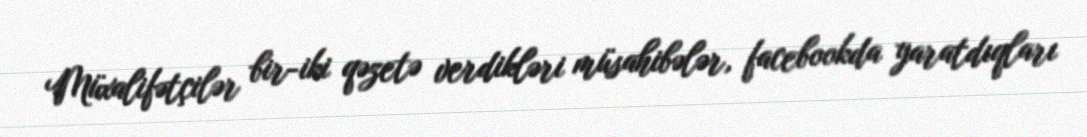
Müxalifətçilər bir-iki qəzetə verdikləri müsahibələr, facebookda yaratdıqları